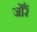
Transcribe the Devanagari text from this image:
जोरैं